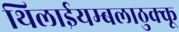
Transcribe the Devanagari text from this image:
थिलाईयम्बलाठुक्कू